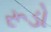
રૂડો